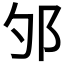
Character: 𲆏